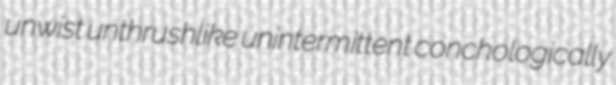
unwist unthrushlike unintermittent conchologically